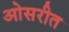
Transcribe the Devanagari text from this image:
ओसरीत